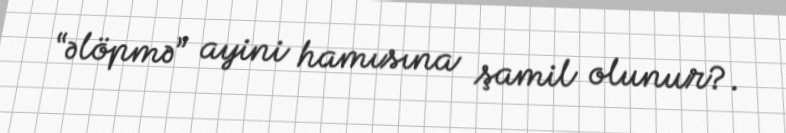
“əlöpmə” ayini hamısına şamil olunur?.